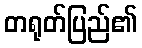
တရုတ်ပြည်၏